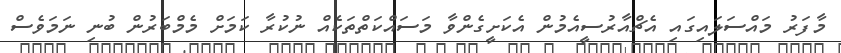
މާފަރު މައްސަލައިގައި އެޗްއާރުސީއެމުން އެކަށީގެންވާ މަސައްކަތްތަކެއް ނުކުރާ ކަމަށް މެމްބަރުން ބުނި ނަމަވެސް